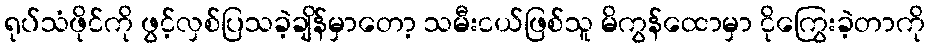
ရုပ်သံဖိုင်ကို ဖွင့်လှစ်ပြသခဲ့ချိန်မှာတော့ သမီးငယ်ဖြစ်သူ မိကွန်ထောမှာ ငိုကြွေးခဲ့တာကို